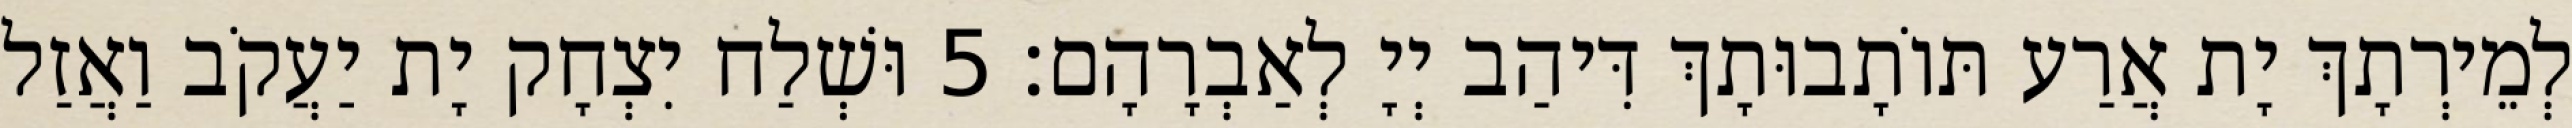
לְמֵירְתָךְ יָת אֲרַע תּוֹתָבוּתָךְ דִּיהַב יְיָ לְאַבְרָהָם׃ 5 וּשְׁלַח יִצְחָק יָת יַעֲקֹב וַאֲזַל